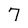
Character: 7